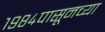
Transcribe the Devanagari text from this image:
१९८४पासूनच्या